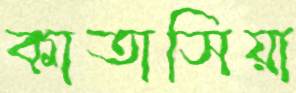
কাতাসিয়া